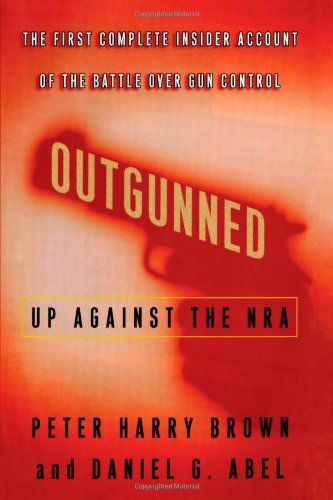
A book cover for Outgunned: Up Against the NRA; Peter Harry Brown; Law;